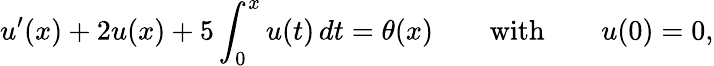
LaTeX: u^{\prime}(x)+2u(x)+5\int_{0}^{x}u(t)\, dt=\theta(x)\qquad{\mathrm{with}}\qquad u(0)=0,